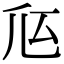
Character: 𠂧